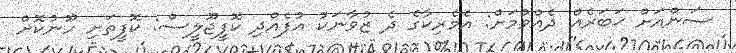
ސަންއަށް ޚަބަރެއް ދެއްވުމަށް: އެމެރިކާގެ ދެ ޒުވާނަކު އުފެއްދި ކޮފީޖޫލީސް: ކޮފީތަށި ހޫނުކޮށް